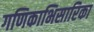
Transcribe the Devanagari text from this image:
गणिकाभिसारिका